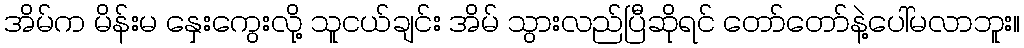
အိမ်က မိန်းမ နှေးကွေးလို့ သူငယ်ချင်း အိမ် သွားလည်ပြီဆိုရင် တော်တော်နဲ့ပေါ်မလာဘူး။